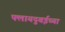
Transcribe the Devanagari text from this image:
फ्लायदुबईच्या